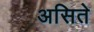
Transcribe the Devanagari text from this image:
असिते